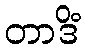
တာဒိံ